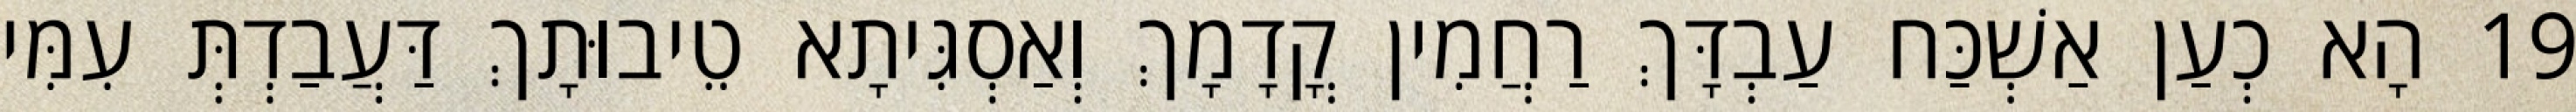
19 הָא כְעַן אַשְׁכַּח עַבְדָּךְ רַחֲמִין קֳדָמָךְ וְאַסְגִּיתָא טֵיבוּתָךְ דַּעֲבַדְתְּ עִמִּי